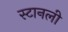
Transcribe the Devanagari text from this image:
स्टानली